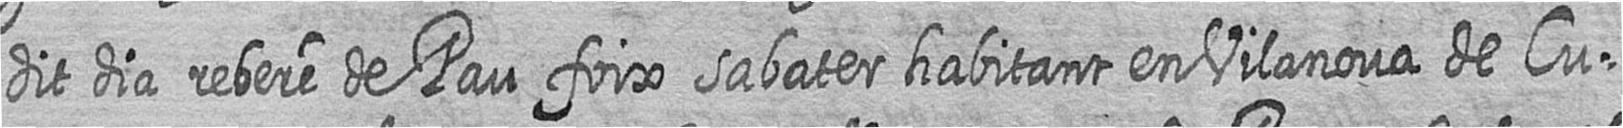
dit dia rebere de Pau foix sabater habitant en Vilanova de cu=